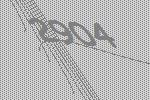
2904